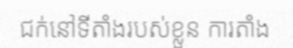
ជក់នៅទីតាំងរបស់ខ្លួន ការតាំង